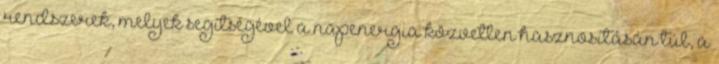
rendszerek, melyek segítségével a napenergia közvetlen hasznosításán túl, a